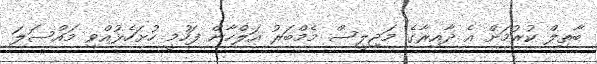
ބާތިލް ކުރުމަށް އެ ދާއިރާގެ މަޖިލީސް މެމްބަރު އަލްހާން ފަހުމީ ހުށަހެޅުއްވި މައްސަލަ